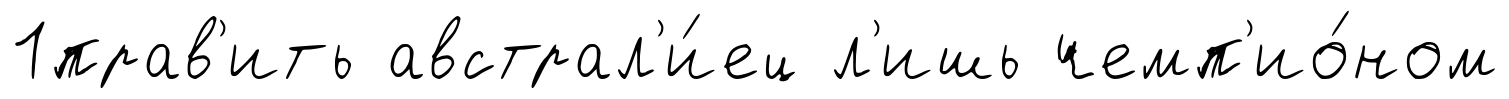
1прав'ить австрал'и́ец л'ишь чемп'ио́ном